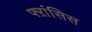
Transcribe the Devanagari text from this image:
फ्ऱांसिस